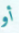
أو